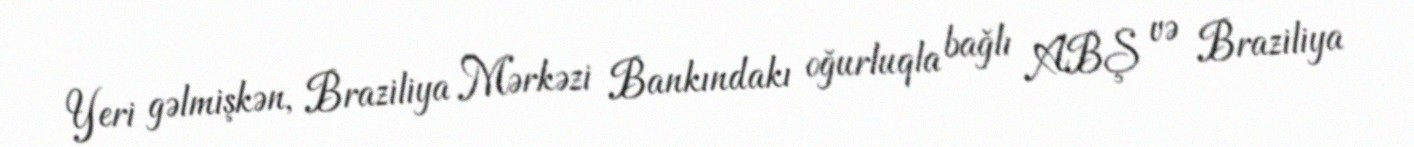
Yeri gəlmişkən, Braziliya Mərkəzi Bankındakı oğurluqla bağlı ABŞ və Braziliya